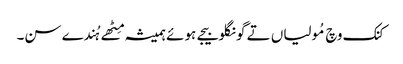
کنک وچ مُولیاں تے گونگلو بیجے ہوئے ہمیشہ مِٹھے ہُندے سن۔